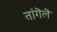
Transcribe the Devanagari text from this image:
तांगॆलॆ